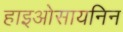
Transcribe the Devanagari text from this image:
हाइओसायनिन